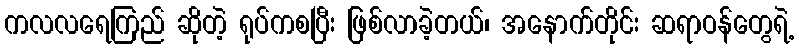
ကလလရေကြည် ဆိုတဲ့ ရုပ်ကစပြီး ဖြစ်လာခဲ့တယ်၊ အနောက်တိုင်း ဆရာဝန်တွေရဲ့